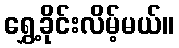
ရွှေ့ခိုင်းလိမ့်မယ်။